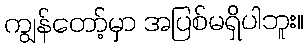
ကျွန်တော့်မှာ အပြစ်မရှိပါဘူး။